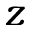
z